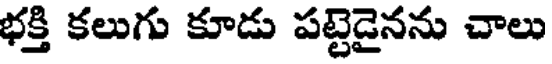
భక్తి కలుగు కూడు పట్టెడైనను చాలు